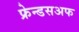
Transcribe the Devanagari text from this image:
फ्रेन्डसअफ